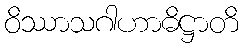
ဝိဿာသဂါဟာဓိဋ္ဌာတိ